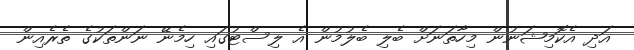
އަދި އެކޮމިޝަނުން މިހާތަނަށް ބެލި ބެލުމުން އެ ލިސްޓުގައި ހިމެނޭ ނަންތަކުގެ ތެރެއިން